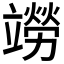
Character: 𫁭